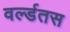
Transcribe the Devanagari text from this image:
वर्ल्डतस